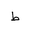
Letter: _da